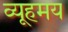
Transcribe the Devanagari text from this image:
व्यूहमय